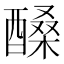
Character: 𨢆